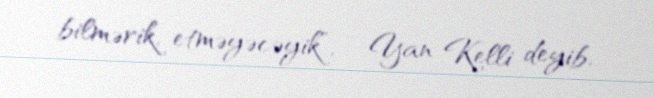
bilmərik, etməyəcəyik”, - Yan Kelli deyib.